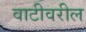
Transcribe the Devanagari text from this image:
वाटीवरील